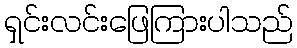
ရှင်းလင်းဖြေကြားပါသည်